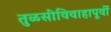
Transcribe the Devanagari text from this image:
तुळसीविवाहापूर्वी